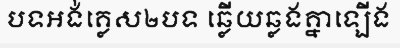
បទអង់គ្លេស២បទ ឆ្លើយឆ្លងគ្នាឡើង